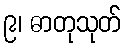
၉၊ ဓာတုသုတ်